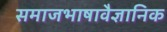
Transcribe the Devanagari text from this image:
समाजभाषावैज्ञानिक